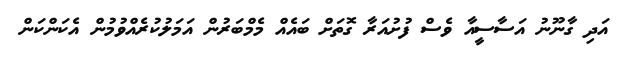
އަދި ގާނޫނު އަސާސީއާ ވެސް ފުށުއަރާ ގޮތަށް ބައެއް މެމްބަރުން އަމަލުކުރެއްވުމުން އެކަންކަން